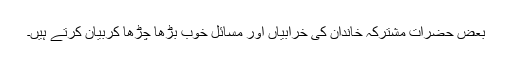
بعض حضرات مشترکہ خاندان کی خرابیاں اور مسائل خوب بڑھا چڑھا کربیان کرتے ہیں۔